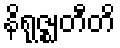
နိရုဇ္ဈတီတိ